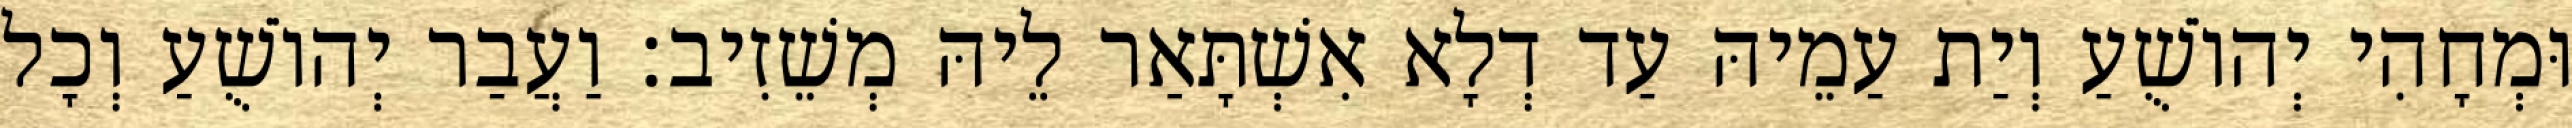
וּמְחָהִי יְהוֹשֻׁעַ וְיַת עַמֵיהּ עַד דְלָא אִשְׁתָּאַר לֵיהּ מְשֵׁזִיב׃ וַעֲבַר יְהוֹשֻׁעַ וְכָל